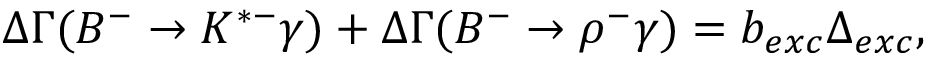
\Delta \Gamma ( B ^ { - } \to K ^ { * - } \gamma ) + \Delta \Gamma ( B ^ { - } \to \rho ^ { - } \gamma ) = b _ { e x c } \Delta _ { e x c } ,